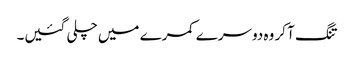
تنگ آ کر وہ دوسرے کمرے میں چلی گئیں۔